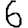
Digit: 6